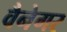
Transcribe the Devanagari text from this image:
वैनेगर